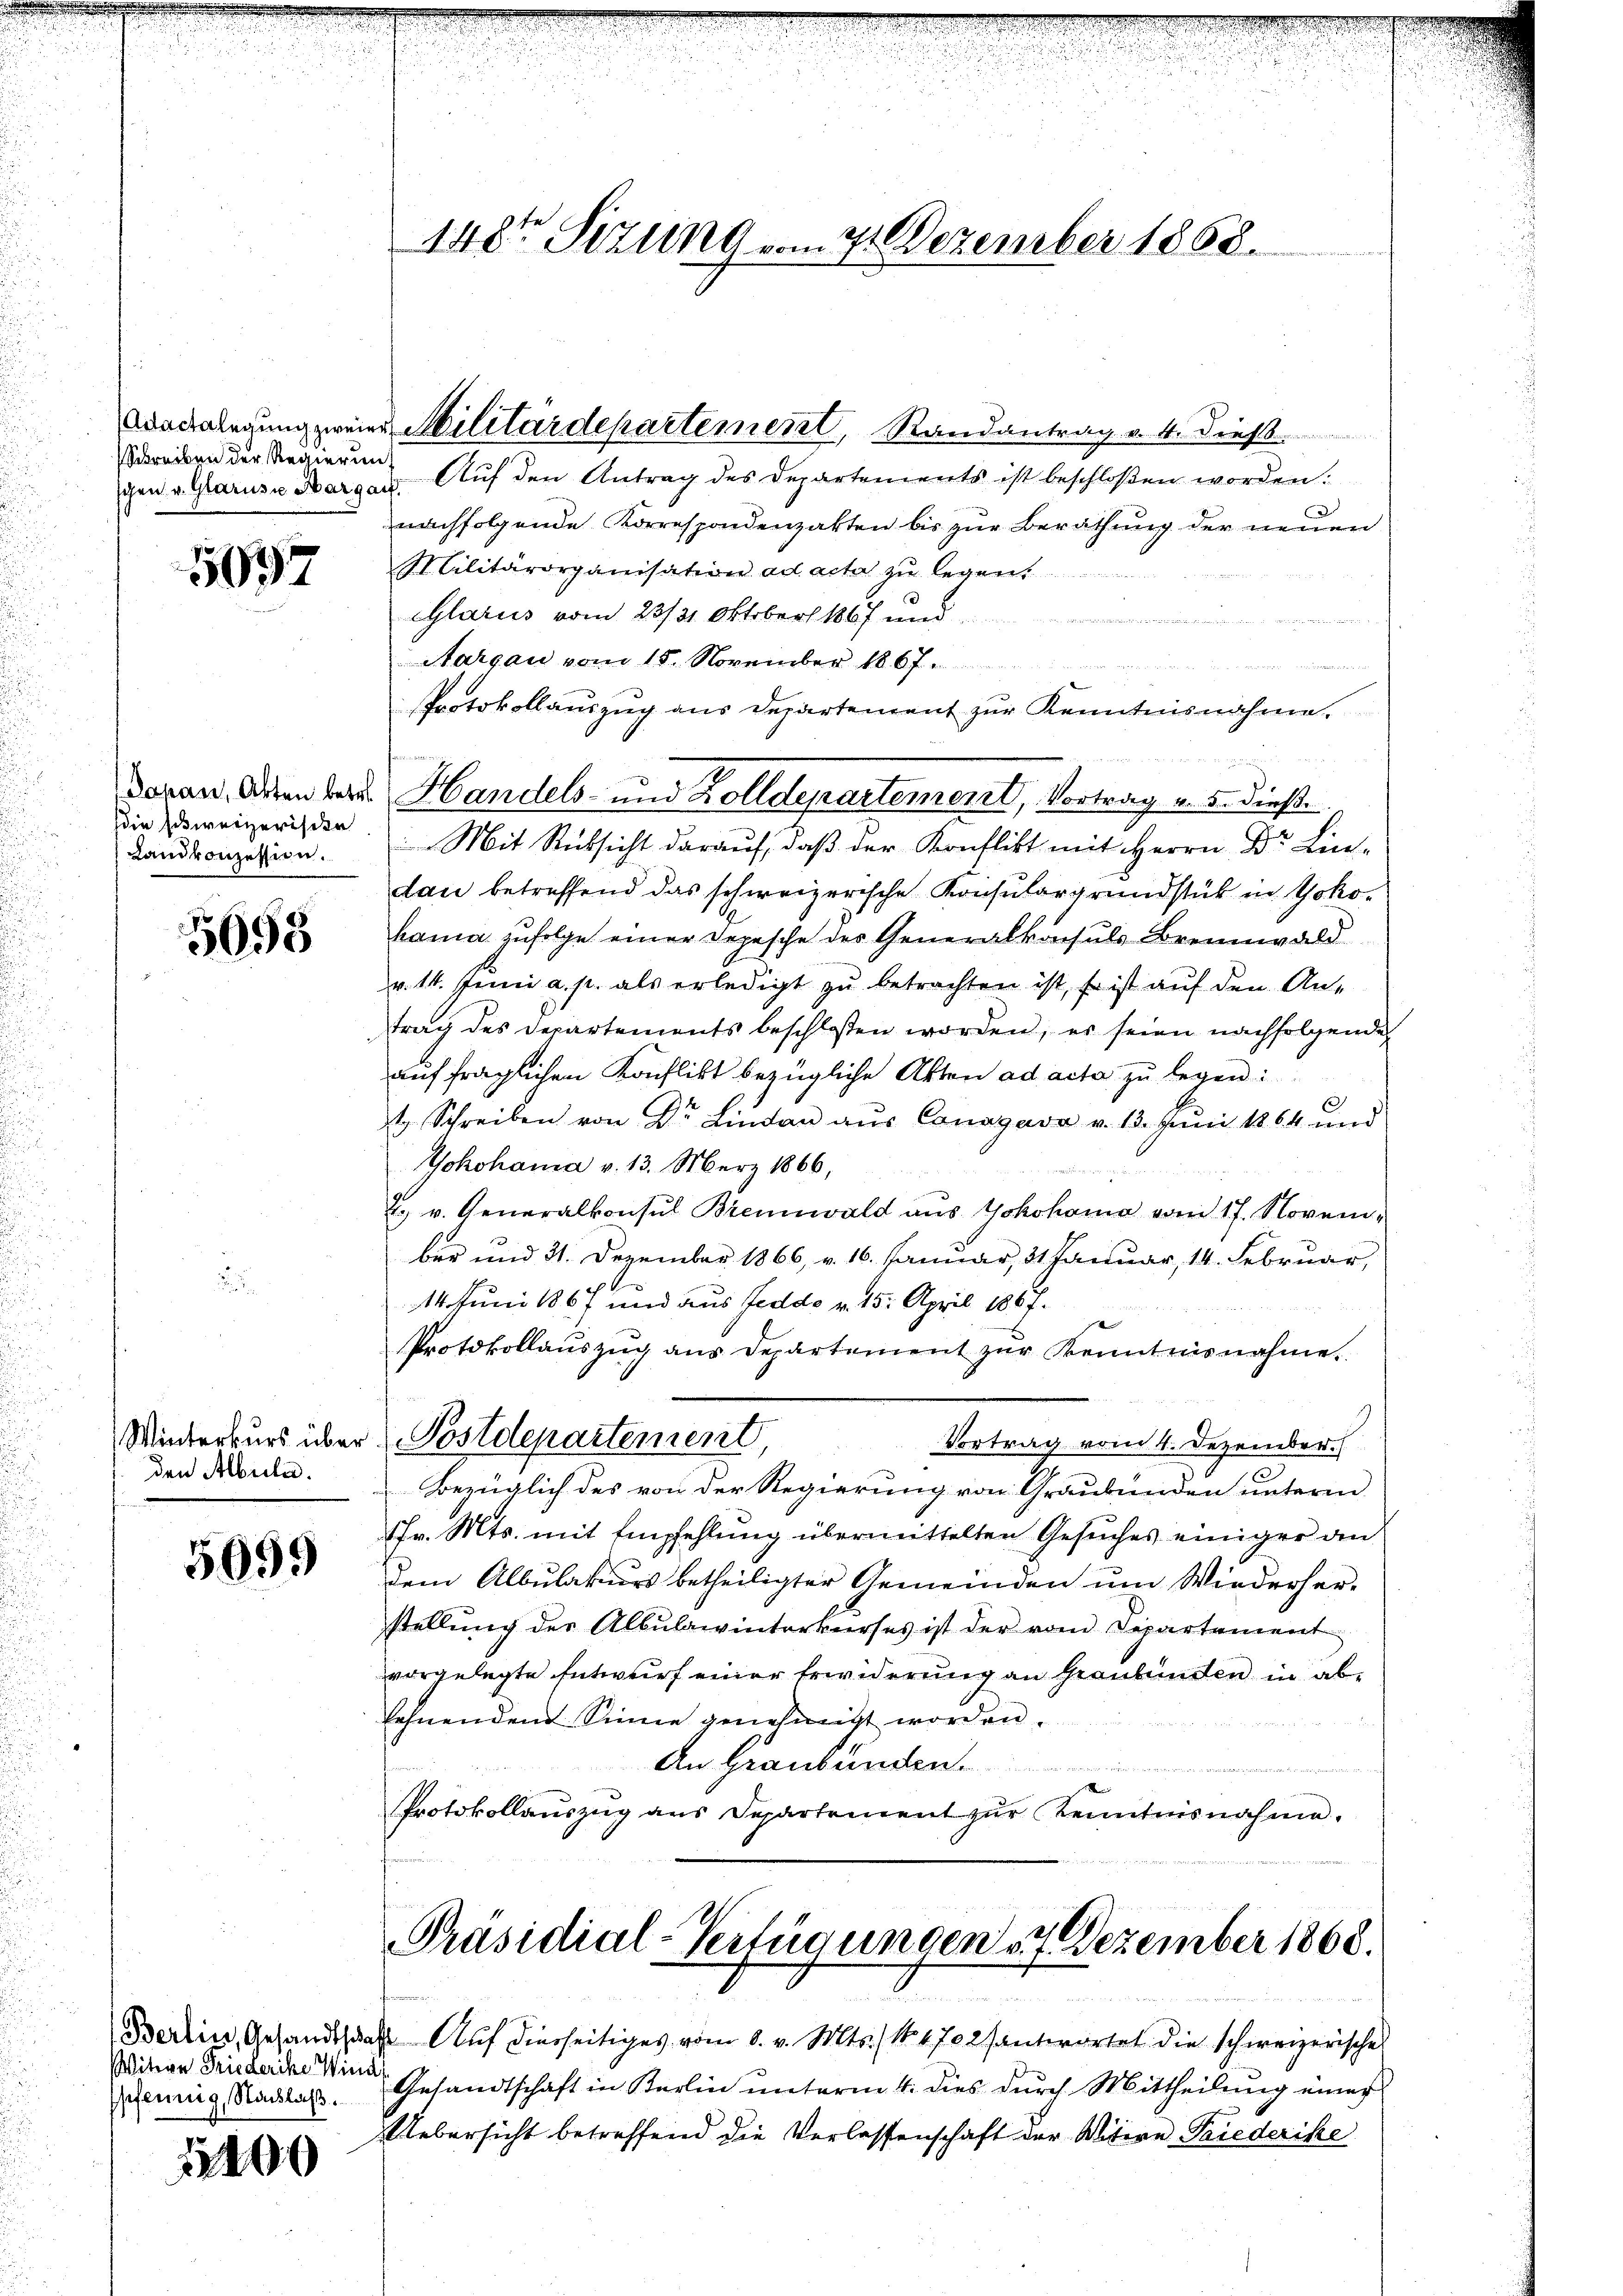
Schreiben der Regierung

5697

die schweizerische
Landkonzession.

5658

den Albrila.

5099

Witwe Friederike Wind
spfennig, Nachlaß.

12400

gen v. Glarus Aargar. Auf den Antrag des Departements ist beschloßen worden.
nachfolgende Korrespondenzarten bis zur Berathung der neuen
Militärorganisation ad acta zu legen,
Glarus vom 23/31 Oktober 1867 und
v. Frages
Aargau vom 15. November 1867.
 Baden angen stehen der den der an de
Protokollauszug aus Departement zur Kenntnisnahme.
u. Ju
Mit Rücksicht darauf, daß der Konflikt mit Herrn Dr. Lindan betreffend das schweizerische Konsulargrundstück in Yokohama zufolge einer Depesche des Generalkonsuls Brennwald
v. 14. Juni a. p. als erledigt zu betrachten ist, so ist auf den Antrag des Departements beschloßen worden, es seien nachfolgende
auf fraglichen Konflikt bezügliche Akten ad acta zu legen:
C
t Schreiben von Dr. Lindan aŭs Canagava v. 13. Juni 1864 und
Yokohama v. 13. März 1866,
2. v. Generalkonsul Brennwald aŭs Yokohama vom 17. Novem-
ber und 31. Dezember 1866, v. 16. Januar, 31 Januar, 14. Februar,
14. Juni 1867 und aus Feddo v. 15. April 1867.
Protokollauszug aus Departement zur Kenntnisnahme
3
Winterkurs über (Postdepartement,
Vortrag vom 4. Dezember.
Bezüglich des von der Regierung von Graubünden unterm
1fr. Mts. mit Empfehlung übermittelten Gesuches einiger an
dem Albulakurs betheiligter Gemeinden um Wiederher-
stellŭng des Albŭlawinterkŭrses ist der vom Departement
vorgelegte Entwurf einer Erwiderung an Graubünden in ablehnenden Sinne genehmigt worden.
An Graubünden.
Protokollauszug aus Departement zŭr Kenntnisnahme.

148ten Sizung vom 4. Dezember 1868.

Angelegung zweier Militärdepartement, Randantrag v. 4. dieß

Jovan Orten der Handels- und Zolldepartement, Vortrag v. 5. dieß.

Präsidial-Verfügungen 17 Dezember 1868.

Berlin, Gesandtschaft Auf dierseitiges vom 8. v. Mts. S. 1702 antwortet die schweizerische
Gesandtschaft in Karlin unterm 4. dies durch Mittheilung einer
Uebersicht betreffend die Verlassenschaft der Mitere Friederike